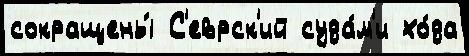
сокращены́ С'еврск'ий суда́м'и хо́да